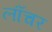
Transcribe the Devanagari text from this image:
लॉंचर